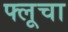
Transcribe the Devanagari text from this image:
फ्लूचा